Bulletin of the Pasteur Institute of Southern India, Coonoor - No. 1.
Year: 1908
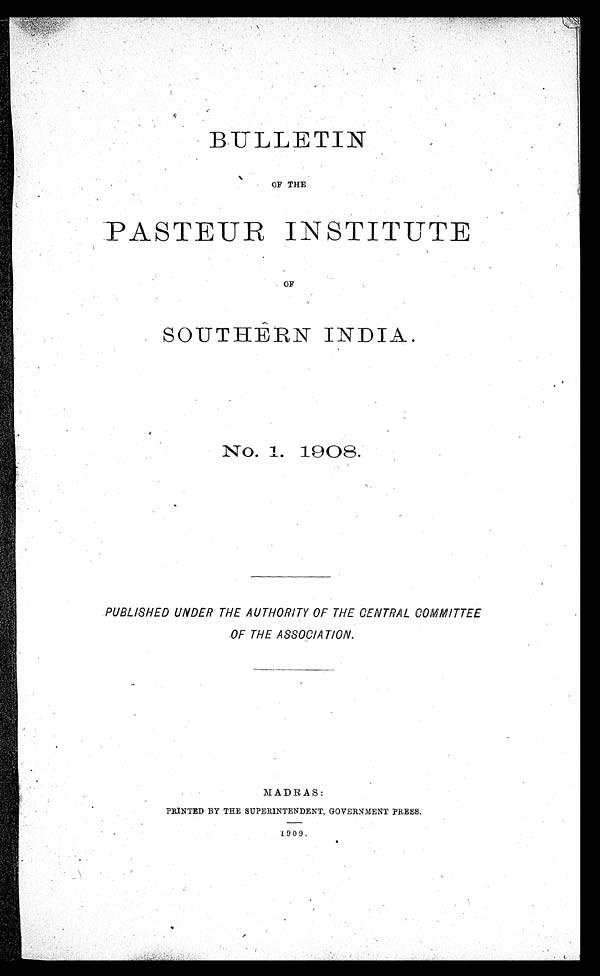
B U L L E T I N
OF THE
- PASTEUR INSTITUTE
OF
SOUTHERN INDIA.
No. 1. 1908.
PUBLISHED UNDER THE AUTHORITY OF THE CENTRAL COMMITTEE
OF THE ASSOCIATION.
MADRAS:
PRINTED BY THE SUPERINTENDENT, GOVERNMENT PRESS.
1909.